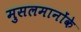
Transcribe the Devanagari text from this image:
मुसलमानोंके